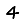
Digit: 4